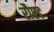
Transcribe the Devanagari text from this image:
रौएट